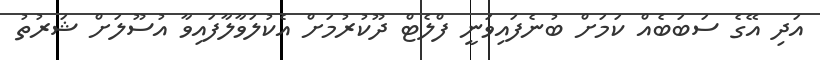
އަދި އޭގެ ސަބަބެއް ކަމަށް ބުނެފައިވަނީ ފްލެޓް ދޫކުރުމަށް އެކުލަވާލާފައިވާ އުސޫލަށް ޝަރުތު